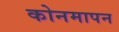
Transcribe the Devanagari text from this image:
कोनमापन